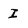
Character: I